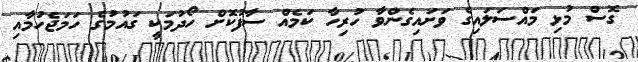
ގޮސް މުޅި މައްސަލައިގެ ވަށައިގެންވާ ހުރިހާ ކަމެއް ސާފުކޮށް ހޯދުމަކީ ގައުމުގެ ހަމަޖެހުމާއި